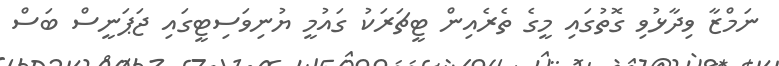
ނަމްޒާ ވިދާޅުވި ގޮތުގައި މީގެ ތެރެއިން ޓީޗަރަކު ގައުމީ ޔުނިވަސިޓީގައި ޖަޕަނީސް ބަސް